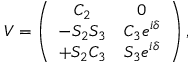
V = \left( \begin{array} { c c } { { C _ { 2 } } } & { { 0 } } \\ { { - S _ { 2 } S _ { 3 } } } & { { C _ { 3 } e ^ { i \delta } } } \\ { { + S _ { 2 } C _ { 3 } } } & { { S _ { 3 } e ^ { i \delta } } } \end{array} \right) ,